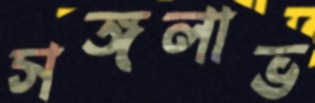
সঙ্গলাভ